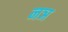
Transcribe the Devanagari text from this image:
नञ